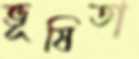
ভূষিতা